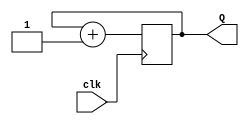
`timescale 1ns / 1ps
//////////////////////////////////////////////////////////////////////////////////
// Company: 
// Engineer: 
// 
// Design Name: 
// Module Name: 8_bit_counter
// Project Name: 
// Target Devices: 
// Tool Versions: 

//////////////////////////////////////////////////////////////////////////////////


module eight_bit_counter(
    input clk, //slow clock
    output [7:0] Q
    );
    reg [7:0] temp=0; // initial counter is set to 0
    always @(posedge clk) // when positive edge of the clock arrives, clock goes up by 1
    begin
    temp= temp + 1;
    end
    assign Q = temp; // unsure why error exists
    
endmodule